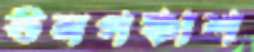
ঊনপঞ্চাশ